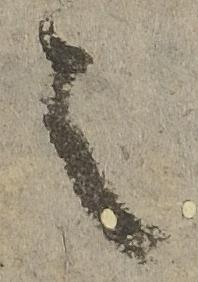
之